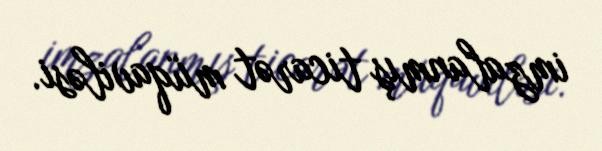
imzalanmış ticarət müqaviləsi.